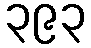
၃၉၃